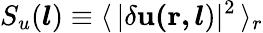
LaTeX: S_{u}(\boldsymbol{l})\equiv\langle\, \mathbf{\lvert\delta u(r,}\, \boldsymbol{l})\rvert^{2}\, \rangle_{r}